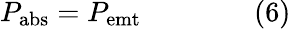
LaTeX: P_{\mathrm{{abs}}}=P_{\mathrm{{emt}}}\qquad\qquad(6)